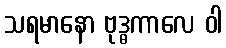
သရမာနော ဗုဒ္ဓကာလေ ဝါ